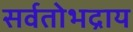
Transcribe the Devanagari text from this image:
सर्वतोभद्राय